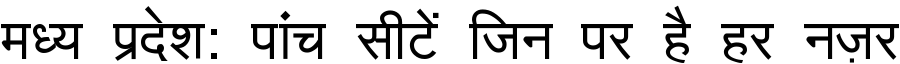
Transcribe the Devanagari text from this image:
मध्य प्रदेश: पांच सीटें जिन पर है हर नज़र